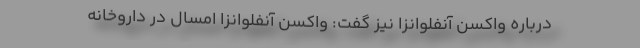
درباره واکسن آنفلوانزا نیز گفت: واکسن آنفلوانزا امسال در داروخانه